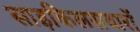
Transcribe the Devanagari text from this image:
साइकिलसवारों